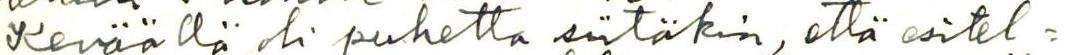
Keväällä oli puhetta siitäkin, että esitel=